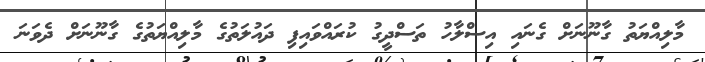
މާލިއްޔަތު ގާނޫނަށް ގެނައި އިސްލާހު ތަސްދީގު ކުރައްވައިފި ދައުލަތުގެ މާލިއްޔަތުގެ ގާނޫނަށް ދެވަނަ